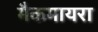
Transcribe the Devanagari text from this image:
मैकमायरा